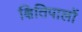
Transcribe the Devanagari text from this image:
क्षितिपालों